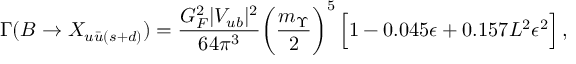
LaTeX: \Gamma ( B \to X _ { u \bar { u } ( s + d ) } ) = { \frac { G _ { F } ^ { 2 } | V _ { u b } | ^ { 2 } } { 6 4 \pi ^ { 3 } } } \bigg ( { \frac { m _ { \Upsilon } } { 2 } } \bigg ) ^ { 5 } \, \Big [ 1 - 0 . 0 4 5 \epsilon + 0 . 1 5 7 L ^ { 2 } \epsilon ^ { 2 } \Big ] \, ,